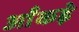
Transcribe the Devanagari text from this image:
आँकडे़